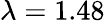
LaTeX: \lambda=1.48